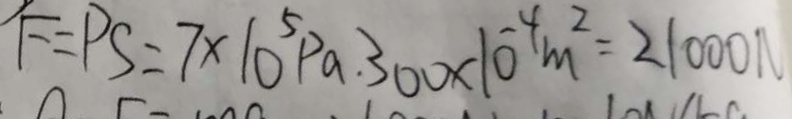
F = P S = 7 \times 1 0 ^ { 5 } P a . 3 0 0 \times 1 0 ^ { - 4 } m ^ { 2 } = 2 1 0 0 0 N